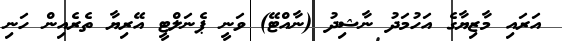
އަރައި މާޒިޔާގެ އަހުމަދު ނާޝިދު (ނާއްޓޭ) ވަނީ ޕެނަލްޓީ އޭރިޔާ ތެރެއިން ހަނި